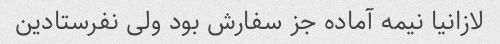
لازانیا نیمه آماده جز سفارش بود ولی نفرستادین